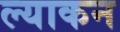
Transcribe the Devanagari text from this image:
ल्याकन